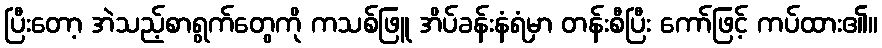
ပြီးတော့ အဲသည့်စာရွက်တွေကို ကသစ်ဖြူ အိပ်ခန်းနံရံမှာ တန်းစီပြီး ကော်ဖြင့် ကပ်ထား၏။